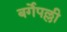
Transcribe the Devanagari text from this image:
बर्गेपल्ली